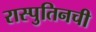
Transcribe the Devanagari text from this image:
रास्पुतिनची